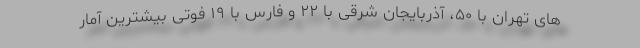
های تهران با ۵۰، آذربایجان شرقی با ۲۲ و فارس با ۱۹ فوتی بیشترین آمار